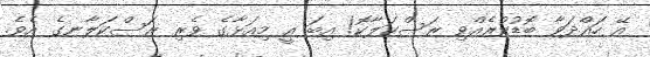
އޭ ހައްދަވާ ބޮޑުކުރެއްވި ރަސްކަލާކޮ! އިބަ އީ މިއަޅާގެ ވެރި ރަސްކަލާނގެ އެވެ.